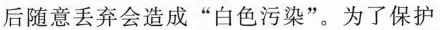
用后随意丢弃会造成”白色污染”。为了保护